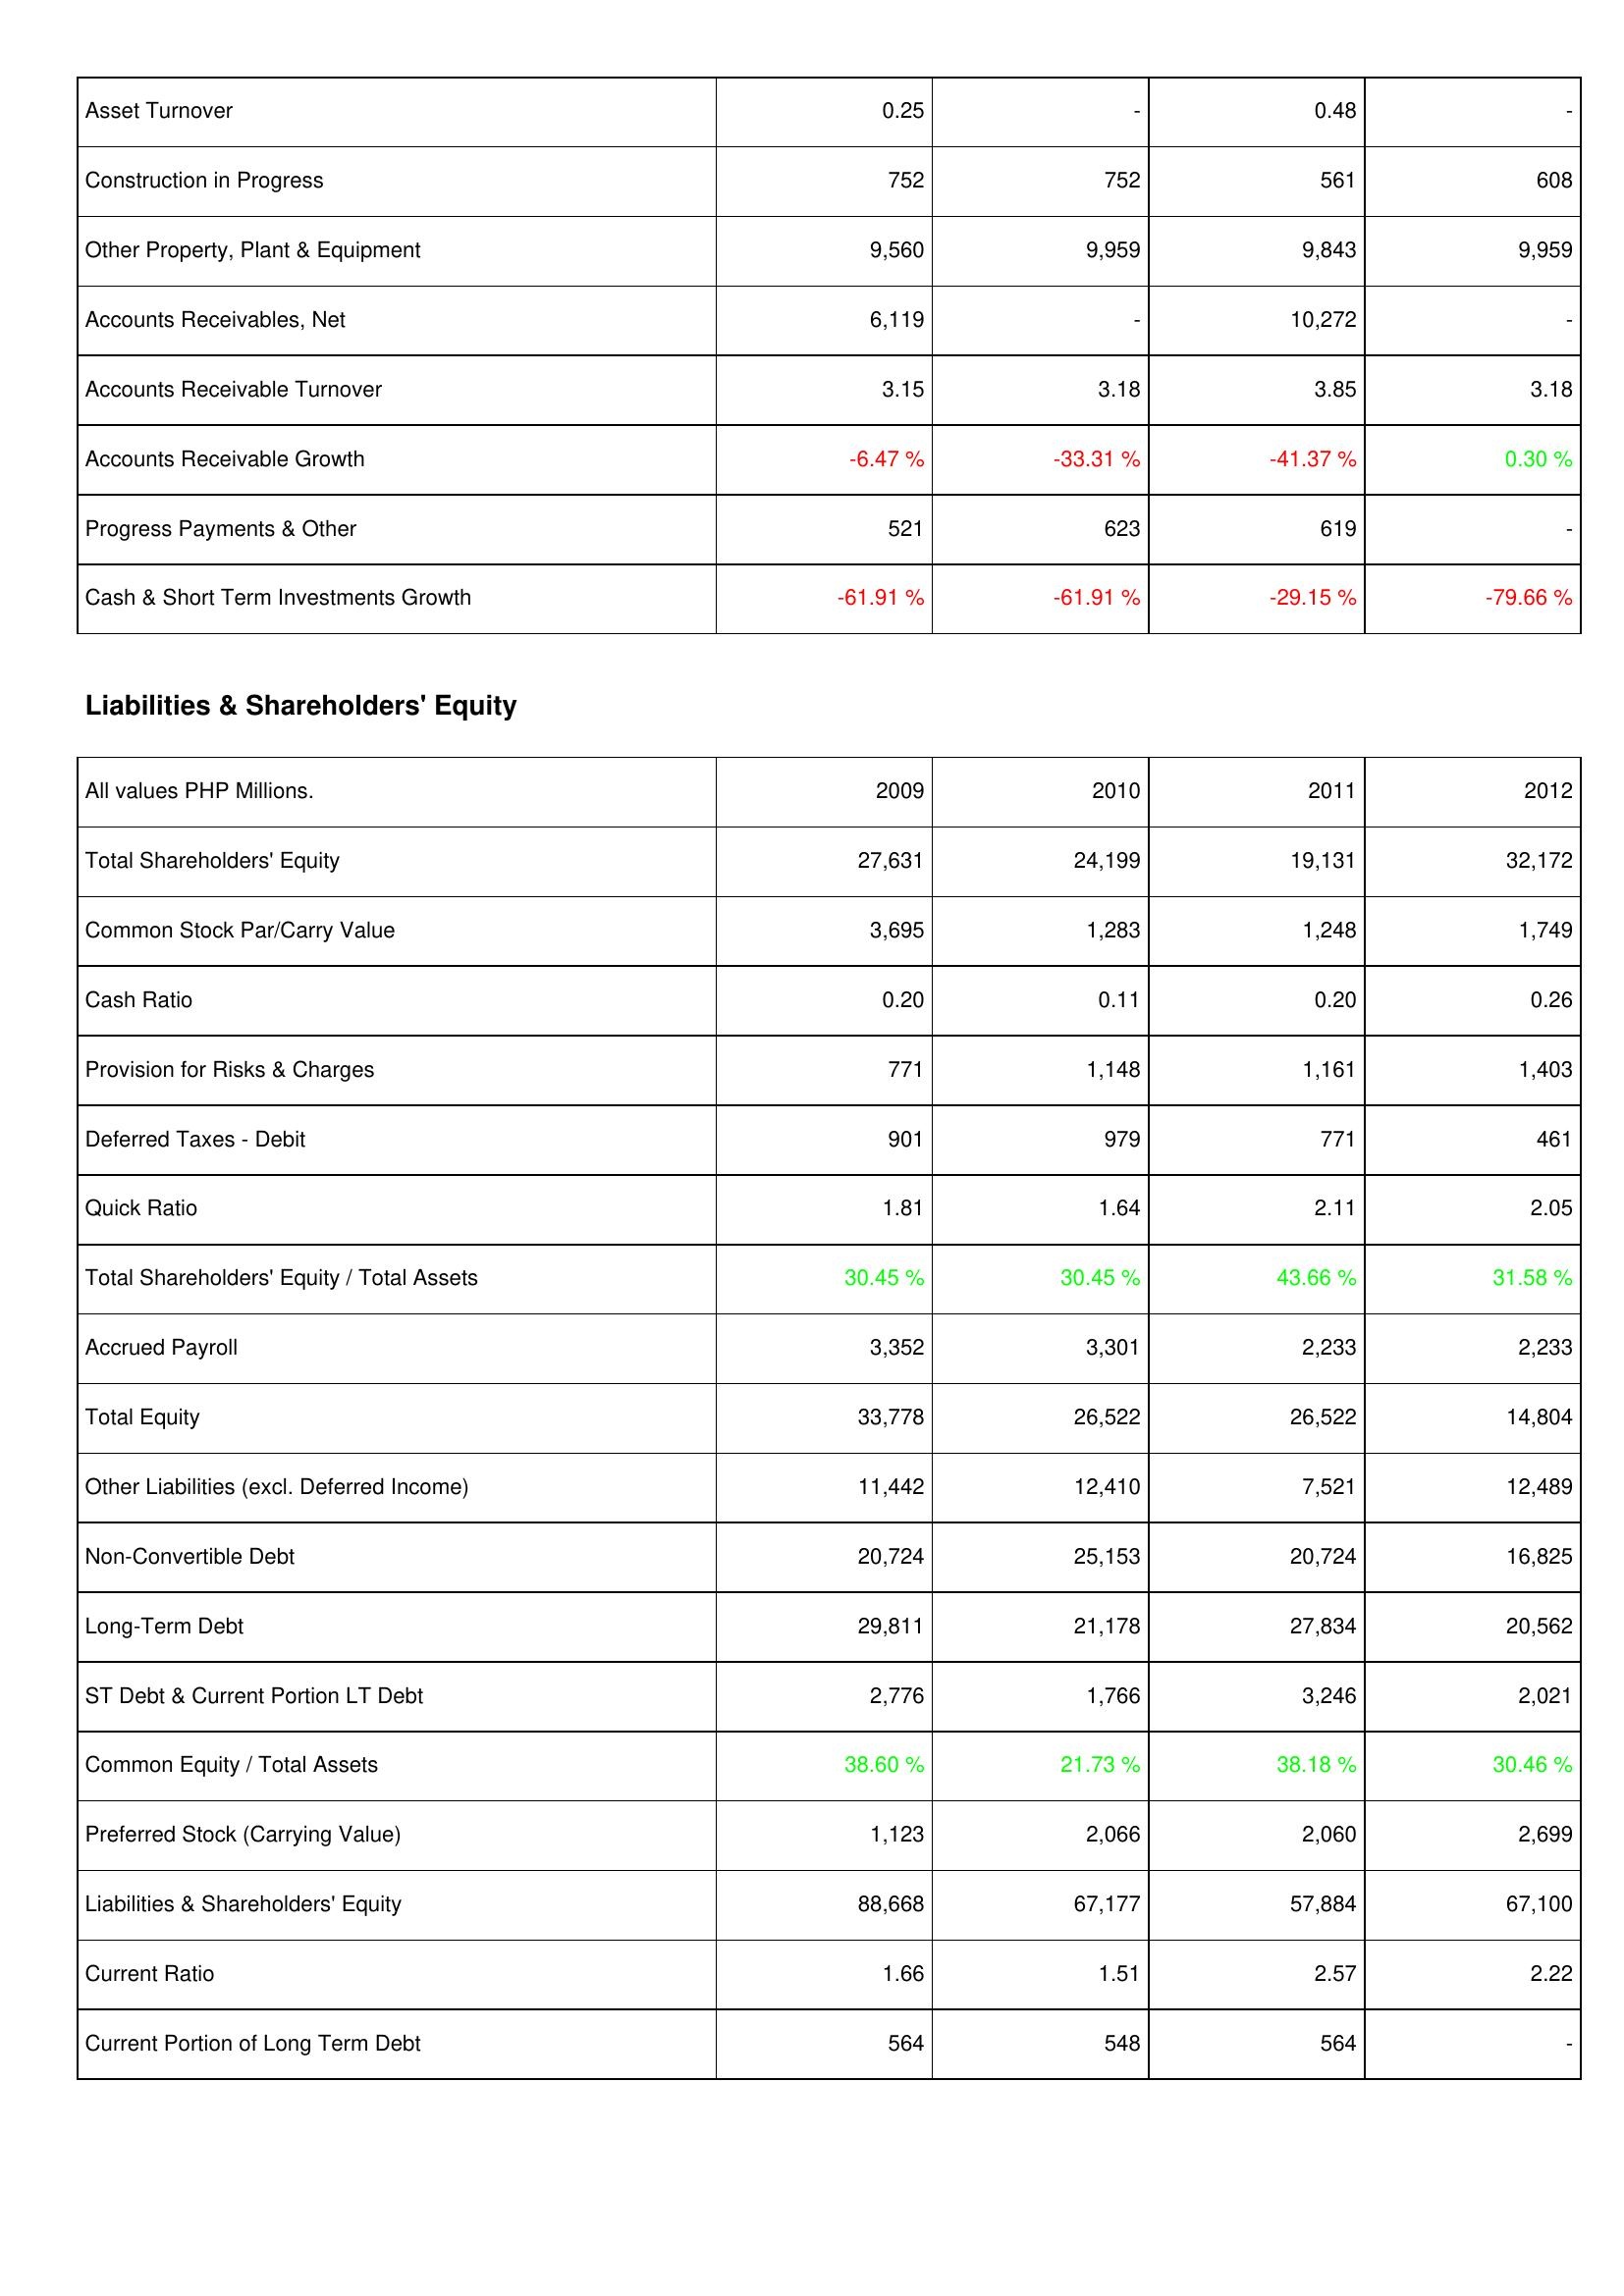
2009: Assets: Asset Turnover: 0.25
Construction in Progress: 752
Other Property, Plant & Equipment: 9,560
Accounts Receivables, Net: 6,119
Accounts Receivable Turnover: 3.15
Accounts Receivable Growth: -6.47 %
Progress Payments & Other: 521
Cash & Short Term Investments Growth: -61.91 %
Liabilities & Shareholders' Equity: Total Shareholders' Equity: 27,631
Common Stock Par/Carry Value: 3,695
Cash Ratio: 0.20
Provision for Risks & Charges: 771
Deferred Taxes - Debit: 901
Quick Ratio: 1.81
Total Shareholders' Equity / Total Assets: 30.45 %
Accrued Payroll: 3,352
Total Equity: 33,778
Other Liabilities (excl. Deferred Income): 11,442
Non-Convertible Debt: 20,724
Long-Term Debt: 29,811
ST Debt & Current Portion LT Debt: 2,776
Common Equity / Total Assets: 38.60 %
Preferred Stock (Carrying Value): 1,123
Liabilities & Shareholders' Equity: 88,668
Current Ratio: 1.66
Current Portion of Long Term Debt: 564
2010: Assets: Asset Turnover: -
Construction in Progress: 752
Other Property, Plant & Equipment: 9,959
Accounts Receivables, Net: -
Accounts Receivable Turnover: 3.18
Accounts Receivable Growth: -33.31 %
Progress Payments & Other: 623
Cash & Short Term Investments Growth: -61.91 %
Liabilities & Shareholders' Equity: Total Shareholders' Equity: 24,199
Common Stock Par/Carry Value: 1,283
Cash Ratio: 0.11
Provision for Risks & Charges: 1,148
Deferred Taxes - Debit: 979
Quick Ratio: 1.64
Total Shareholders' Equity / Total Assets: 30.45 %
Accrued Payroll: 3,301
Total Equity: 26,522
Other Liabilities (excl. Deferred Income): 12,410
Non-Convertible Debt: 25,153
Long-Term Debt: 21,178
ST Debt & Current Portion LT Debt: 1,766
Common Equity / Total Assets: 21.73 %
Preferred Stock (Carrying Value): 2,066
Liabilities & Shareholders' Equity: 67,177
Current Ratio: 1.51
Current Portion of Long Term Debt: 548
2011: Assets: Asset Turnover: 0.48
Construction in Progress: 561
Other Property, Plant & Equipment: 9,843
Accounts Receivables, Net: 10,272
Accounts Receivable Turnover: 3.85
Accounts Receivable Growth: -41.37 %
Progress Payments & Other: 619
Cash & Short Term Investments Growth: -29.15 %
Liabilities & Shareholders' Equity: Total Shareholders' Equity: 19,131
Common Stock Par/Carry Value: 1,248
Cash Ratio: 0.20
Provision for Risks & Charges: 1,161
Deferred Taxes - Debit: 771
Quick Ratio: 2.11
Total Shareholders' Equity / Total Assets: 43.66 %
Accrued Payroll: 2,233
Total Equity: 26,522
Other Liabilities (excl. Deferred Income): 7,521
Non-Convertible Debt: 20,724
Long-Term Debt: 27,834
ST Debt & Current Portion LT Debt: 3,246
Common Equity / Total Assets: 38.18 %
Preferred Stock (Carrying Value): 2,060
Liabilities & Shareholders' Equity: 57,884
Current Ratio: 2.57
Current Portion of Long Term Debt: 564
2012: Assets: Asset Turnover: -
Construction in Progress: 608
Other Property, Plant & Equipment: 9,959
Accounts Receivables, Net: -
Accounts Receivable Turnover: 3.18
Accounts Receivable Growth: 0.30 %
Progress Payments & Other: -
Cash & Short Term Investments Growth: -79.66 %
Liabilities & Shareholders' Equity: Total Shareholders' Equity: 32,172
Common Stock Par/Carry Value: 1,749
Cash Ratio: 0.26
Provision for Risks & Charges: 1,403
Deferred Taxes - Debit: 461
Quick Ratio: 2.05
Total Shareholders' Equity / Total Assets: 31.58 %
Accrued Payroll: 2,233
Total Equity: 14,804
Other Liabilities (excl. Deferred Income): 12,489
Non-Convertible Debt: 16,825
Long-Term Debt: 20,562
ST Debt & Current Portion LT Debt: 2,021
Common Equity / Total Assets: 30.46 %
Preferred Stock (Carrying Value): 2,699
Liabilities & Shareholders' Equity: 67,100
Current Ratio: 2.22
Current Portion of Long Term Debt: -